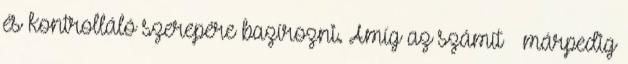
és kontrolláló szerepére bazírozni. Amíg az számít – márpedig